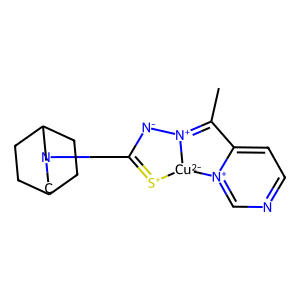
SMILES: CC1=[N+]2[N-]C(N3CC4CCC(CC4)C3)=[S+][Cu-2]2[n+]2cnccc21
Inhibits HIV replication: No